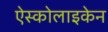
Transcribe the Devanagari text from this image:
ऐस्कोलाइकेन